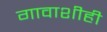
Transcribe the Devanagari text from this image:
गावाशीही